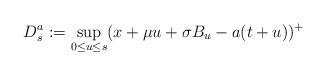
LaTeX: \begin{align*}D^a_s:=\sup_{0\leq u\leq s}(x + \mu u + \sigma B_u-a(t+u))^+\end{align*}